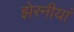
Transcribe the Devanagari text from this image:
झेरनीयां